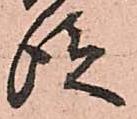
従